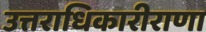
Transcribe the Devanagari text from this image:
उत्तराधिकारीराणा